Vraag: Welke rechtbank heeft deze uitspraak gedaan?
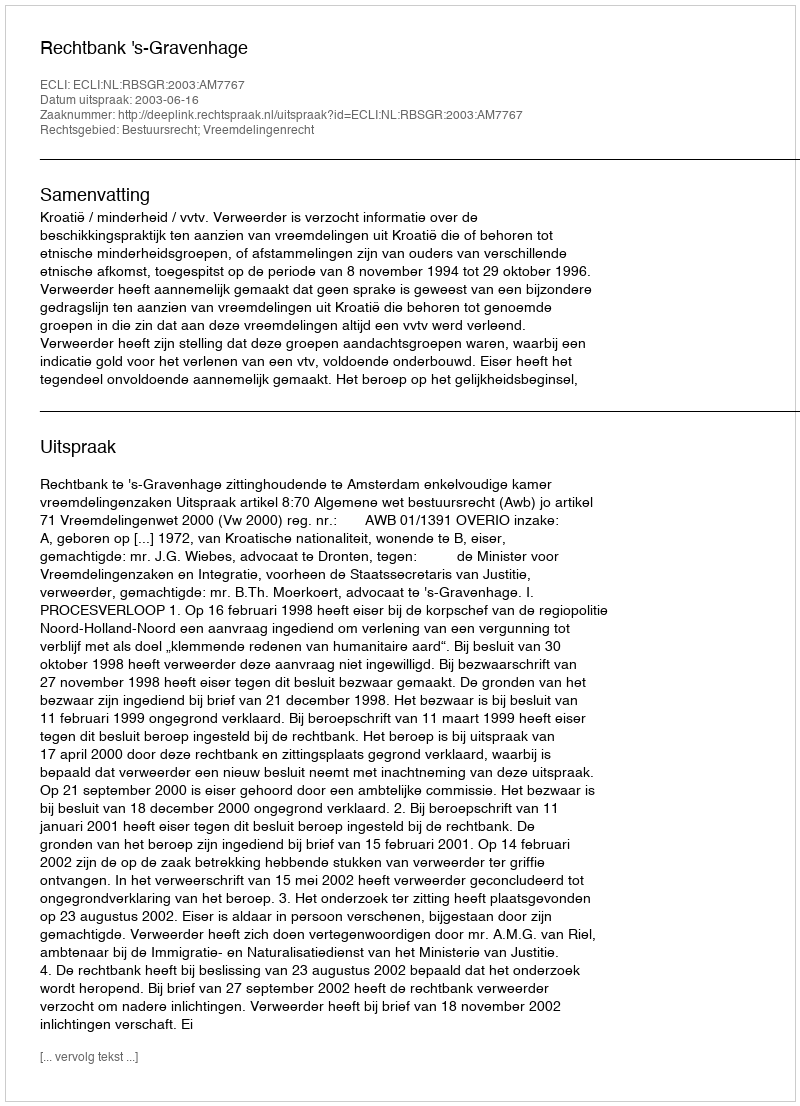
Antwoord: Rechtbank 's-Gravenhage